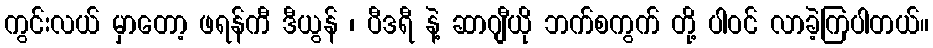
ကွင်းလယ် မှာတော့ ဖရန်ကီ ဒီယွန် ၊ ပီဒရီ နဲ့ ဆာဂျီယို ဘက်စကွက် တို့ ပါဝင် လာခဲ့ကြပါတယ်။